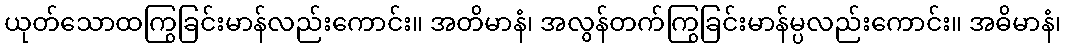
ယုတ်သောထကြွခြင်းမာန်လည်းကောင်း။ အတိမာနံ၊ အလွန်တက်ကြွခြင်းမာန်မ္ပလည်းကောင်း။ အဓိမာနံ၊